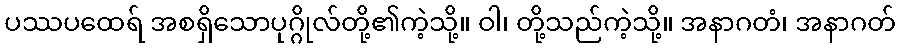
ပဿပထေရ် အစရှိသောပုဂ္ဂိုလ်တို့၏ကဲ့သို့။ ဝါ၊ တို့သည်ကဲ့သို့။ အနာဂတံ၊ အနာဂတ်